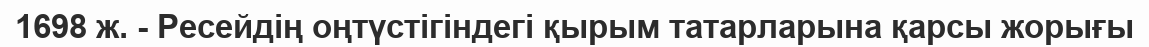
1698 ж. - Ресейдің оңтүстігіндегі қырым татарларына қарсы жорығы